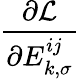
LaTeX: \frac{\partial\mathcal{L}}{\partial{E}_{k,\sigma}^{ij}}